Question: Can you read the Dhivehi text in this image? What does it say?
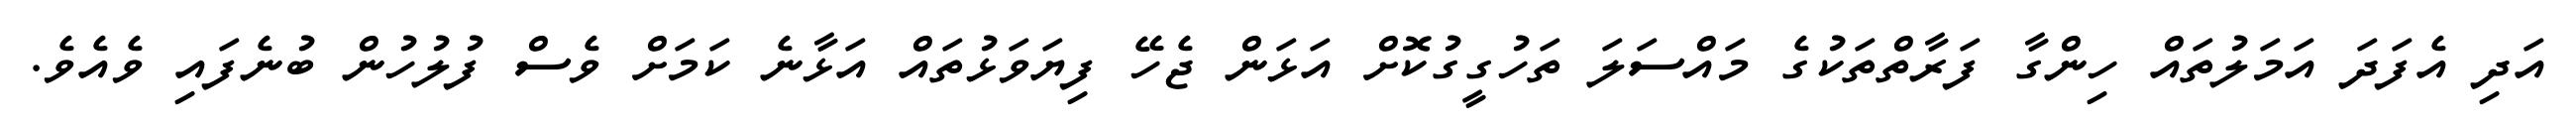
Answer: އަދި އެފަދަ އަމަލުތައް ހިންގާ ފަރާތްތަކުގެ މައްސަލަ ތަހުގީގުކޮށް އަޅަން ޖެހޭ ފިޔަވަޅުތައް އަޅާނެ ކަމަށް ވެސް ފުލުހުން ބުނެފައި ވެއެވެ.